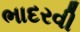
ભાદરવી